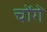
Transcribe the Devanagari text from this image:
चोंगे